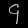
Digit: ၄